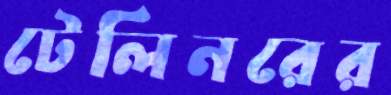
টেলিনরের